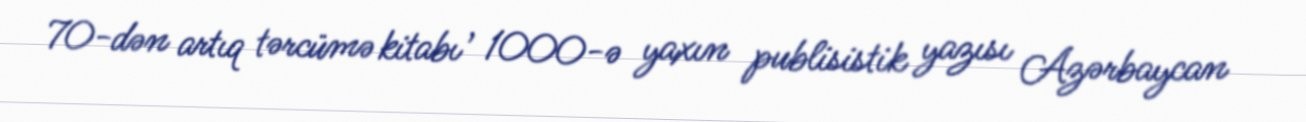
70-dən artıq tərcümə kitabı , 1000-ə yaxın publisistik yazısı Azərbaycan